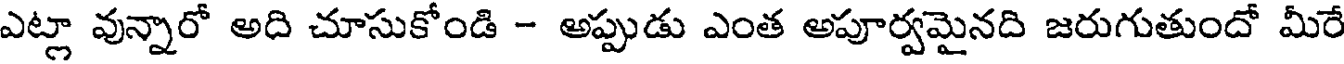
ఎట్లా వున్నారో అది చూసుకోండి - అప్పుడు ఎంత అపూర్వమైనది జరుగుతుందో మీరే